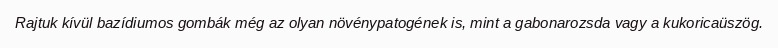
Rajtuk kívül bazídiumos gombák még az olyan növénypatogének is, mint a gabonarozsda vagy a kukoricaüszög.